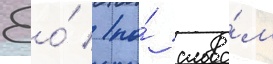
Ео́ / по́ слова́м